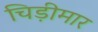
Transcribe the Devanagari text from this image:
चिड़ीमार